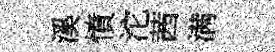
溪憤沱茜满